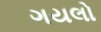
ગયલો